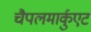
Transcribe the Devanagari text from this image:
चैपलमार्कुएट